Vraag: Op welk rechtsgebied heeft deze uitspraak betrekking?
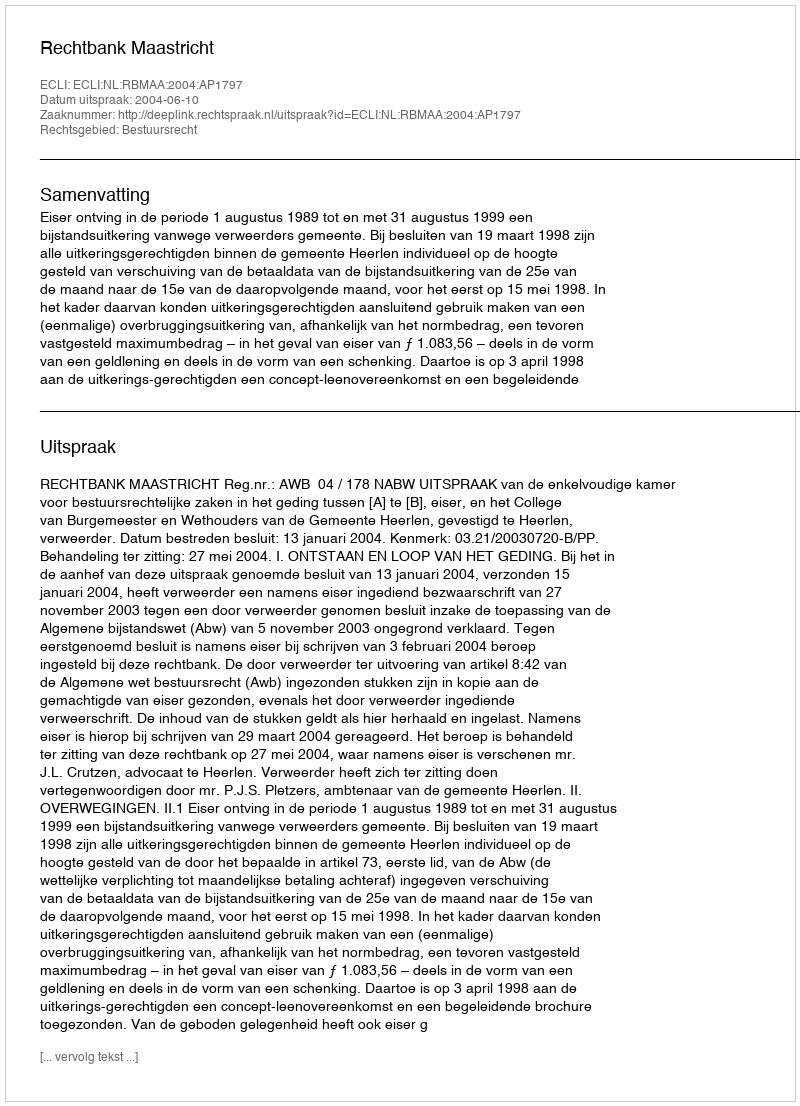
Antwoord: Bestuursrecht